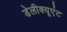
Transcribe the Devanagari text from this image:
डेलीक्यूएंट